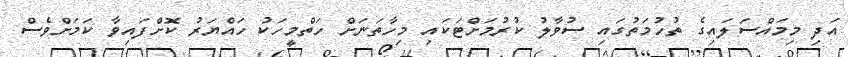
އަދި މިމައްސަލައިގެ ތުހުމަތުގައި ސުވާލު ކުރުމަށްޓަކައި މިހާތަނަށް ހަތްމީހަކު ހައްޔަރު ކޮށްފައިވާ ކަމަށްވެސް